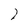
Character: 7